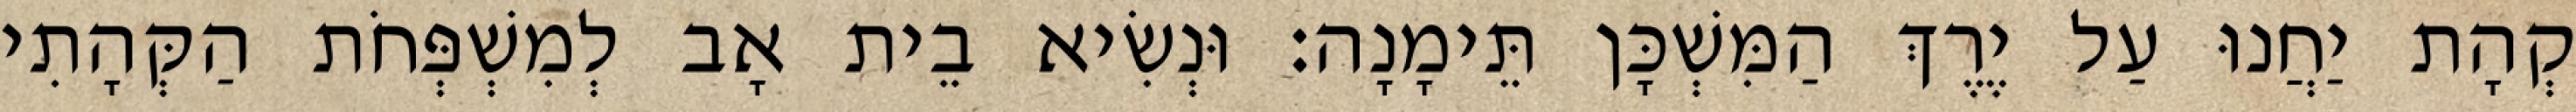
קְהָת יַחֲנוּ עַל יֶרֶךְ הַמִּשְׁכָּן תֵּימָנָה׃ וּנְשִׂיא בֵית אָב לְמִשְׁפְּחֹת הַקְּהָתִי